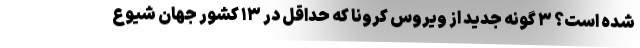
شده است؟ ۳ گونه جدید از ویروس کرونا که حداقل در ۱۳ کشور جهان شیوع